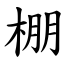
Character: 棚